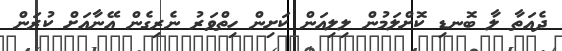
ދެއަތާ ލާ ބޮނޑި ކޮށްލަމުން ލިލިއަން ކަށިން ހިތްވަރު ނެރިގެން އޭނާއަށް ކުރަން